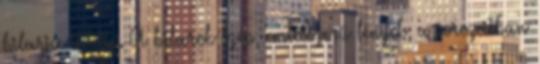
bilarja ihlette. A bilarok szép, emlősszerű lények, a sorozatban